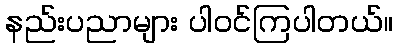
နည်းပညာများ ပါဝင်ကြပါတယ်။